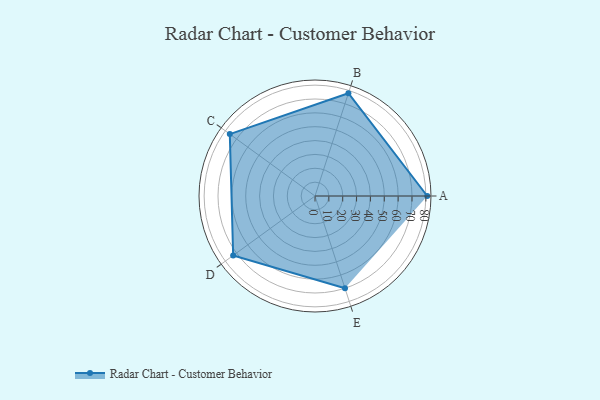
{"axis": {"x": "Skill", "y": "Score"}, "legend": ["Profile"], "data": [{"x": "A", "y": 81.0, "type": "Profile"}, {"x": "B", "y": 78.0, "type": "Profile"}, {"x": "C", "y": 76.0, "type": "Profile"}, {"x": "D", "y": 73.0, "type": "Profile"}, {"x": "E", "y": 70.0, "type": "Profile"}]}